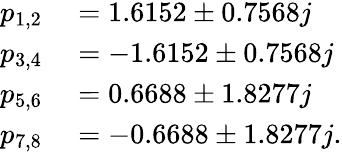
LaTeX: \begin{array}{rl}{p_{1,2}}&{{}=1.6152\pm 0.7568j}\\ {p_{3,4}}&{{}=-1.6152\pm 0.7568j}\\ {p_{5,6}}&{{}=0.6688\pm 1.8277j}\\ {p_{7,8}}&{{}=-0.6688\pm 1.8277j.}\end{array}